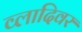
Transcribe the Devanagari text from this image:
व्लादिवर